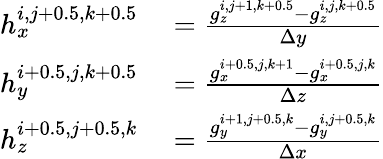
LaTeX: \begin{array}{rl}{h_{x}^{i,j+0.5,k+0.5}}&{{}=\frac{g_{z}^{i,j+1,k+0.5}-g_{z}^{i,j,k+0.5}}{\Delta y}}\\ {h_{y}^{i+0.5,j,k+0.5}}&{{}=\frac{g_{x}^{i+0.5,j,k+1}-g_{x}^{i+0.5,j,k}}{\Delta z}}\\ {h_{z}^{i+0.5,j+0.5,k}}&{{}=\frac{g_{y}^{i+1,j+0.5,k}-g_{y}^{i,j+0.5,k}}{\Delta x}}\end{array}